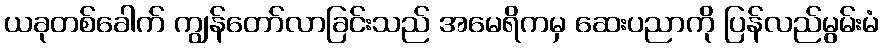
ယခုတစ်ခေါက် ကျွန်တော်လာခြင်းသည် အမေရိကမှ ဆေးပညာကို ပြန်လည်မွမ်းမံ